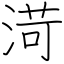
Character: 渮